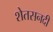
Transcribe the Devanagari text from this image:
शेतसनदी